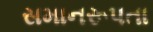
સમાનરૂપતા